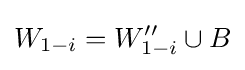
W_{1-i}=W''_{1-i}\cup B